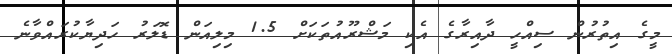
މީގެ އިތުރުން ސިއްހީ ދާއިރާގެ އެކި މަޝްރޫއުތަކަށް 1.5 މިލިއަން ޑޮލަރު ހަދިޔާކުރައްވާނެ